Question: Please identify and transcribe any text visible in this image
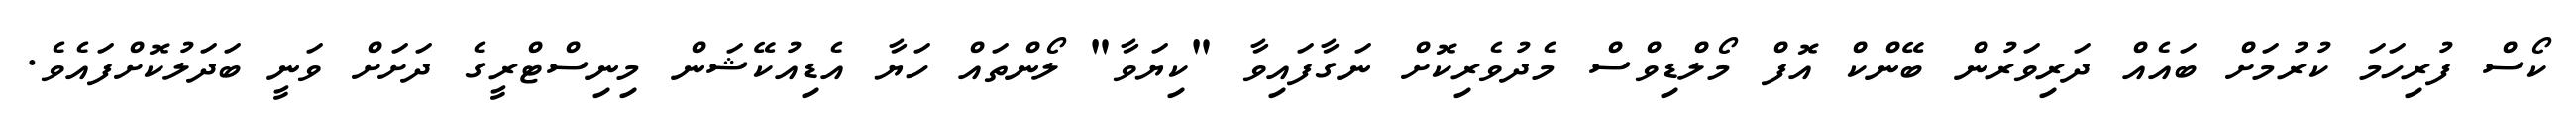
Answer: ކޯސް ފުރިހަމަ ކުރުމަށް ބައެއް ދަރިވަރުން ބޭންކް އޮފް މޯލްޑިވްސް މެދުވެރިކޮށް ނަގާފައިވާ "ކިޔަވާ" ލޯންތައް ހަޔާ އެޑިއުކޭޝަން މިނިސްޓްރީގެ ދަށަށް ވަނީ ބަދަލުކޮށްފައެވެ.